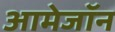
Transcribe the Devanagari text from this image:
आमेजॉन